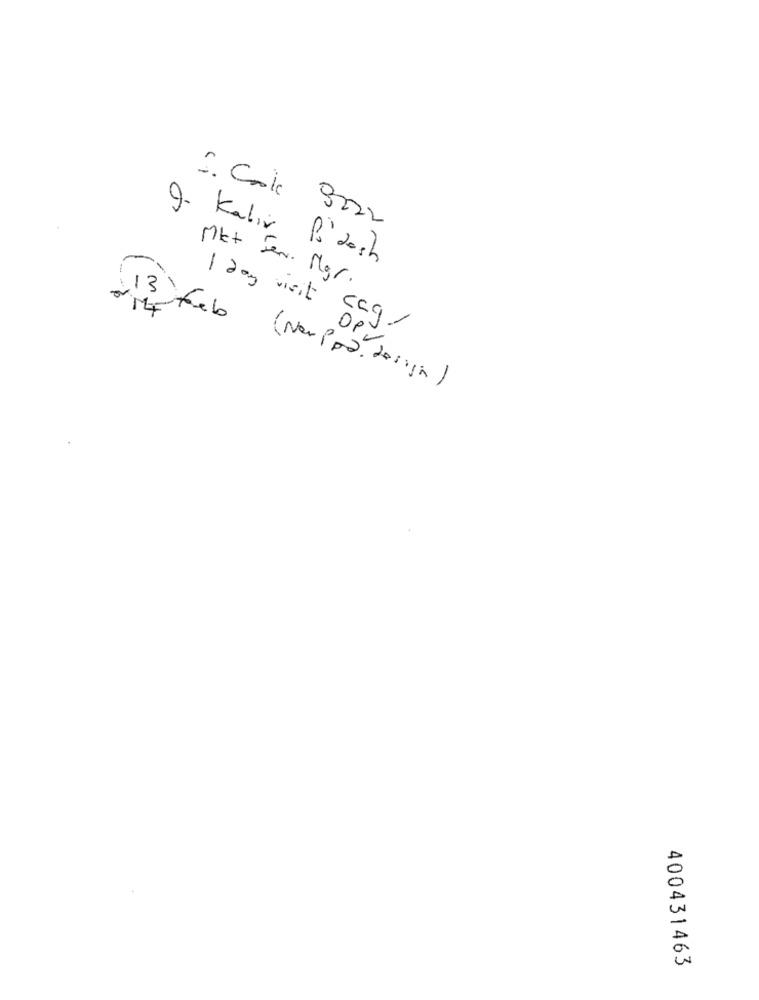
5. Cale 9222
9. Kabir Po'desh
Mkt Jen. Mgr.
1 day visit caq/
OPV
(New Ppa. design)
400431463